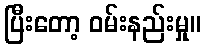
ပြီးတော့ ဝမ်းနည်းမှု။